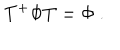
LaTeX: T ^ { + } \Phi T = \Phi \ .